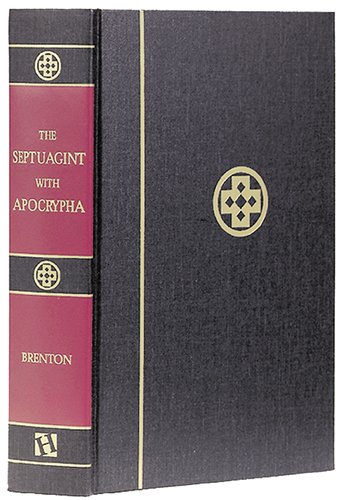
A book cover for The Septuagint with Apocrypha: Greek and English; Lancelot C. Brenton; Christian Books & Bibles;